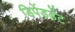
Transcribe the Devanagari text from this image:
डिपेंडडेंट